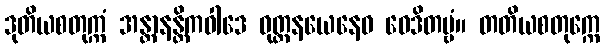
ဒုတိယစတုက္ကံ အန္တာနန္တိကဝါဒေ ဝုတ္တနယေနေဝ ဝေဒိတဗ္ဗံ။ တတိယစတုက္ကေ